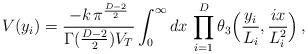
LaTeX: \begin{align*}V(y_i) = \frac{-k\,\pi^{\frac{D-2}{2}}}{\Gamma(\frac{D-2}{2}) V_T}\int_0^\infty dx \, \prod_{i=1}^D\theta_3\Big(\frac{y_i}{L_i},\frac{ix}{L_i^2}\Big)\,,\end{align*}